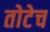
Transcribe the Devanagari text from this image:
तोटेच